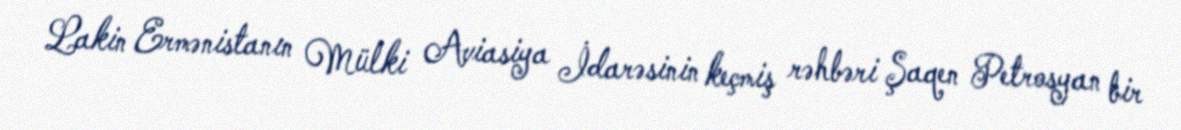
Lakin Ermənistanın Mülki Aviasiya İdarəsinin keçmiş rəhbəri Şaqen Petrosyan bir